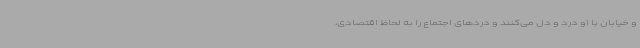
و خیابان با او درد و دل می‌کنند و دردهای اجتماع را به لحاظ اقتصادی،